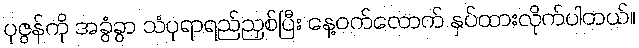
ပုဇွန်ကို အခွံခွာ သံပုရာရည်ညှစ်ပြီး နေ့ဝက်လောက် နှပ်ထားလိုက်ပါတယ်။